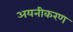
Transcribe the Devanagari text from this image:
अयनीकरण